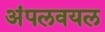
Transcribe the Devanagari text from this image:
अंपलवयल